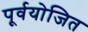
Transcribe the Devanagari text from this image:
पूर्वयोजित